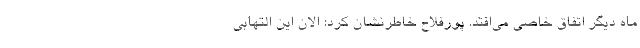
ماه دیگر اتفاق خاصی می‌افتد. پورفلاح خاطرنشان کرد: الان این التهابی